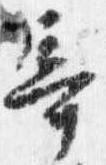
奇